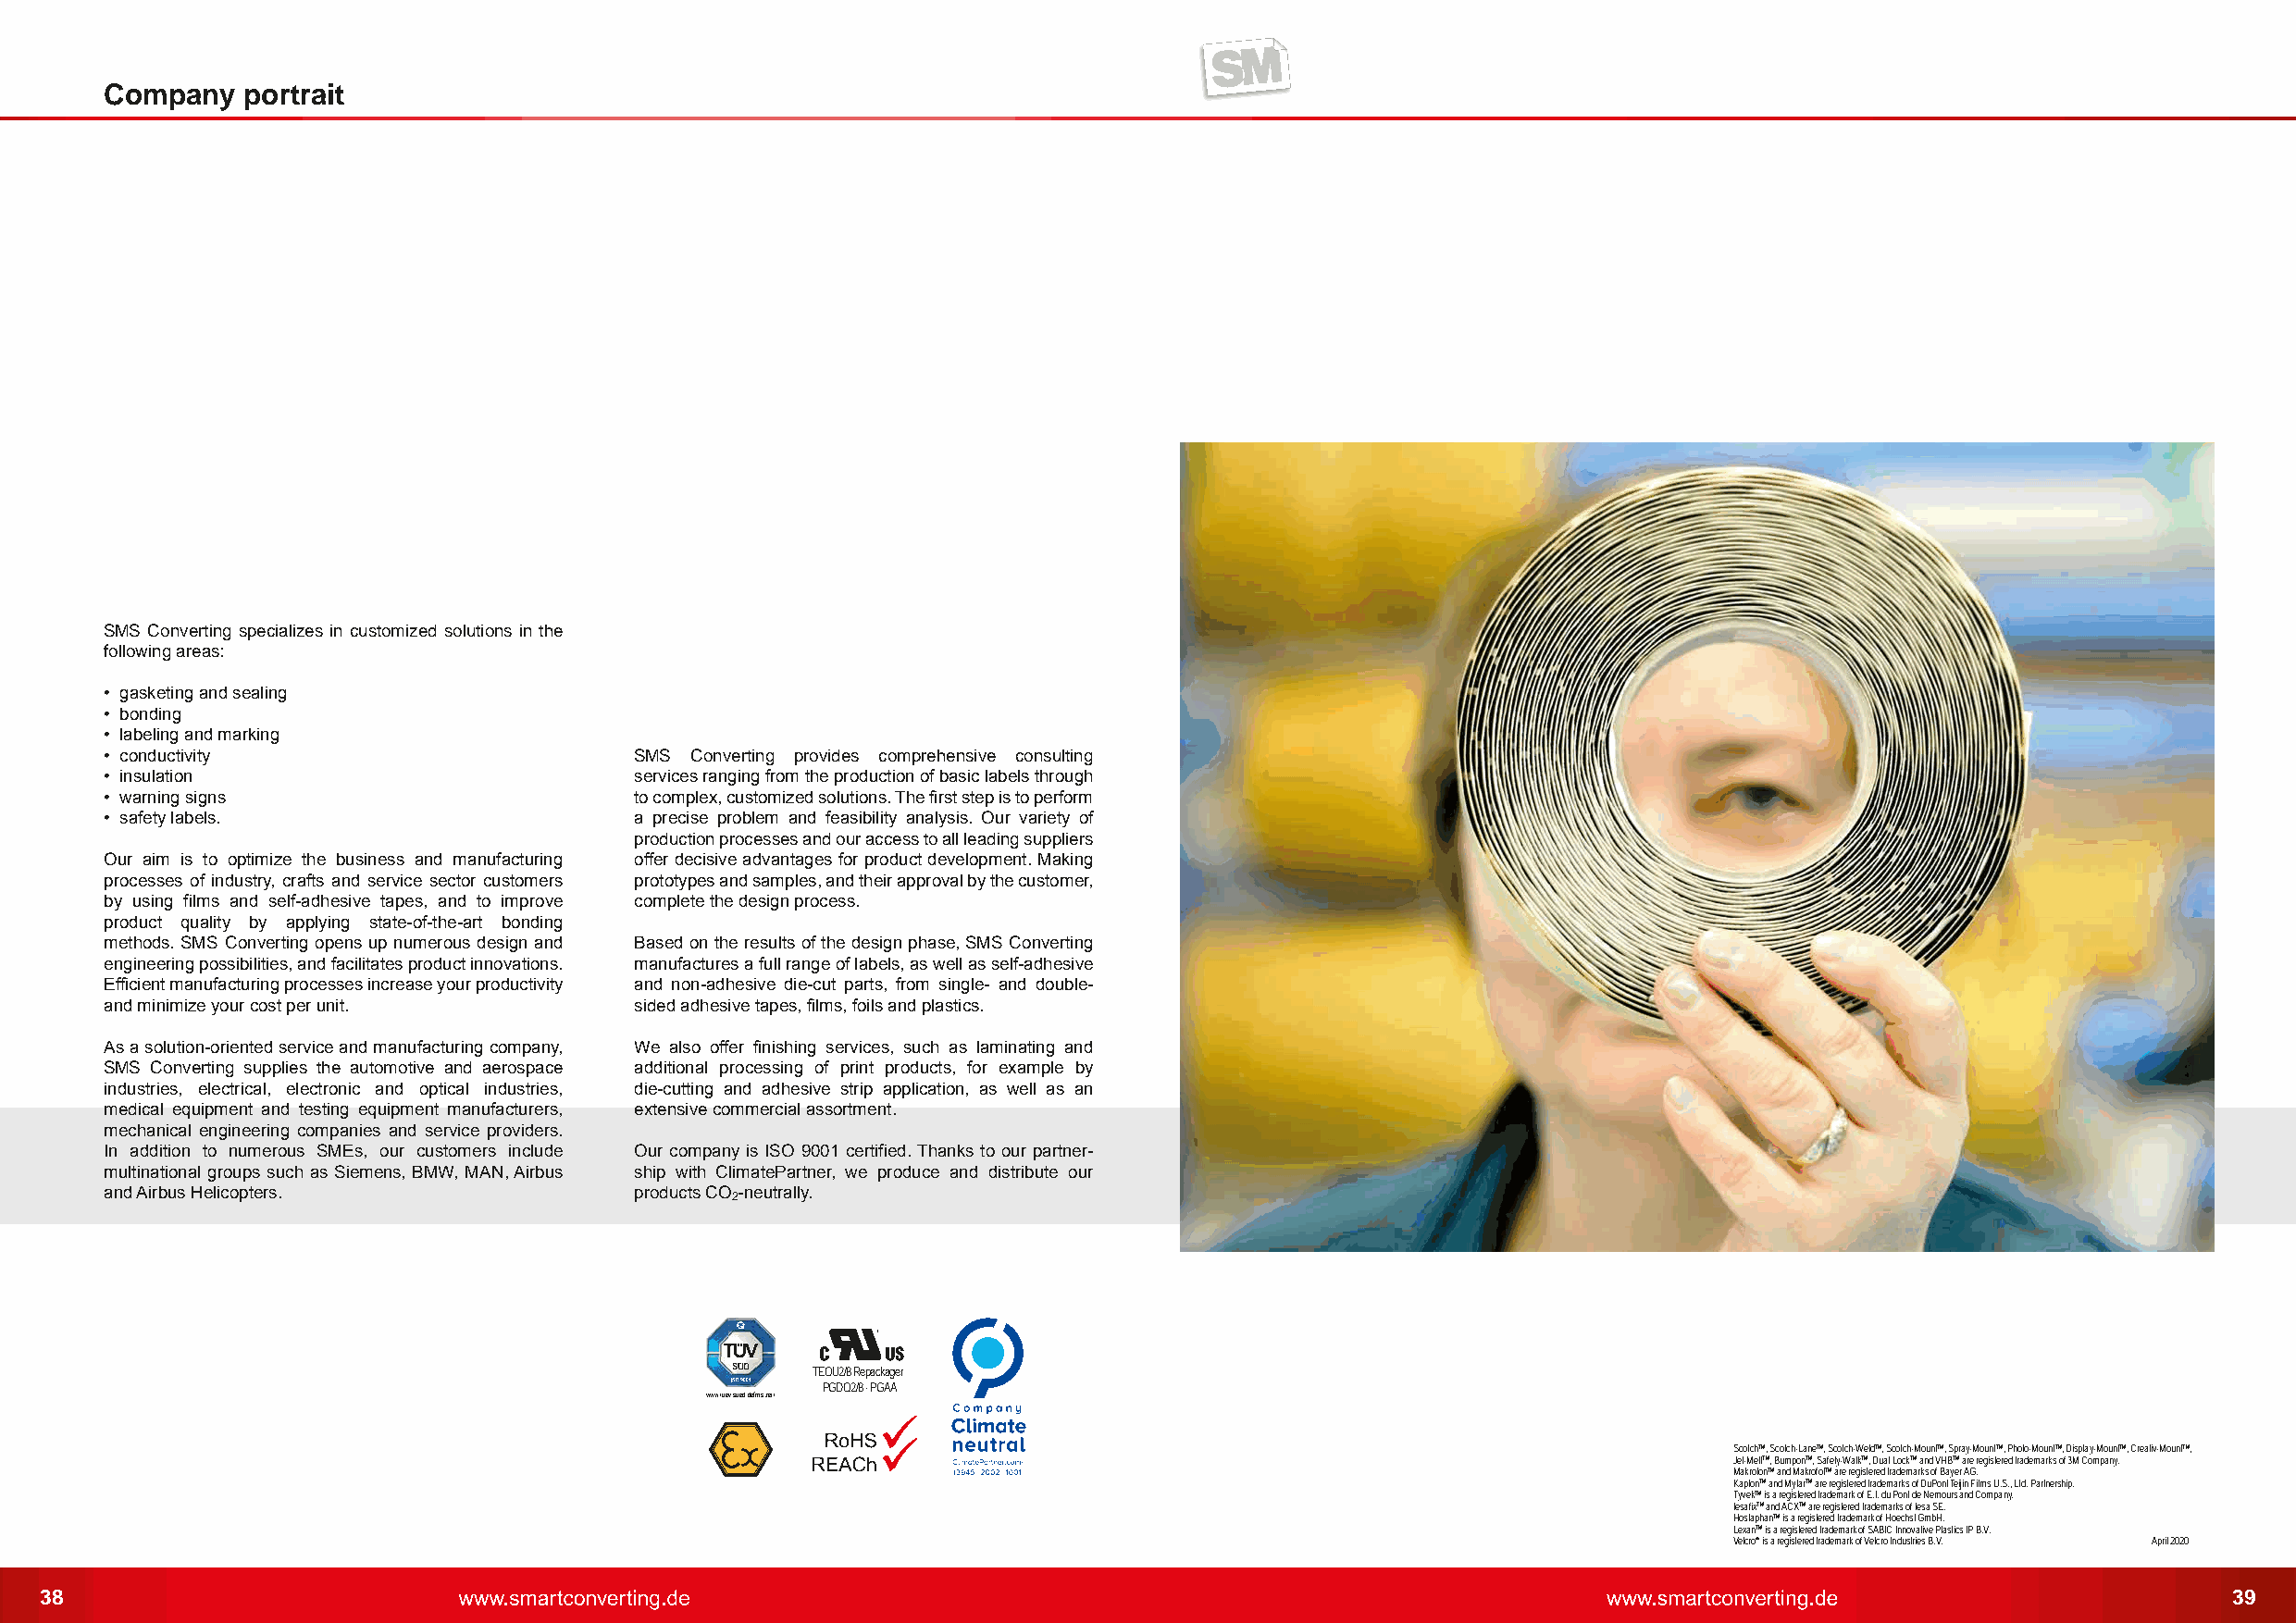
Company   portrait
 SMS Converting specializes in customized solutions in the
 following areas:
 • gasketing and sealing
 • bonding
 • labeling and marking
 • conductivity                        SMS Converting provides comprehensive consulting
 • insulation                          services ranging from the production of basic labels through
 • warning signs                       to complex, customized solutions. The first step is to perform
 • safety labels.                      a precise problem and feasibility analysis. Our variety of
 production processes and our access to all leading suppliers
 Our aim is to optimize the business and manufacturing offer decisive advantages for product development. Making
 processes of industry, crafts and service sector customers prototypes and samples, and their approval by the customer,
 by using films and self-adhesive tapes, and to improve complete the design process.
 product quality by applying state-of-the-art bonding
 methods. SMS Converting opens up numerous design and Based on the results of the design phase, SMS Converting
 engineering possibilities, and facilitates product innovations. manufactures a full range of labels, as well as self-adhesive
 Efficient manufacturing processes increase your productivity and non-adhesive die-cut parts, from single- and double-
 and minimize your cost per unit.      sided adhesive tapes, films, foils and plastics.
 As a solution-oriented service and manufacturing company, We also offer finishing services, such as laminating and
 SMS Converting supplies the automotive and aerospace additional processing of print products, for example by
 industries, electrical, electronic and optical industries, die-cutting and adhesive strip application, as well as an
 medical equipment and testing equipment manufacturers, extensive commercial assortment.
 mechanical engineering companies and service providers.
 In addition to numerous SMEs, our customers include Our company is ISO 9001 certified. Thanks to our partner-
 multinational groups such as Siemens, BMW, MAN, Airbus ship with ClimatePartner, we produce and distribute our
 and Airbus Helicopters.               products CO -neutrally.
 2
 TEOU2/8 Repackager
 PGDQ2/8 · PGAA
 www.tuev-sued.de/ms-zert
 ScotchTM, Scotch-LaneTM, Scotch-WeldTM, Scotch-MountTM, Spray-MountTM, Photo-MountTM, Display-MountTM, Creativ-MountTM,
 Jet-MeltTM, BumponTM, Safety-WalkTM, Dual LockTM and VHBTM are registered trademarks of 3M Company.
 MakrolonTM and MakrofolTM are registered trademarks of Bayer AG.
 KaptonTM and MylarTM are registered trademarks of DuPont Teijin Films U.S., Ltd. Partnership.
 TyvekTM is a registered trademark of E.I. du Pont de Nemours and Company.
 tesafixTM and ACXTM are registered trademarks of tesa SE.
 HostaphanTM is a registered trademark of Hoechst GmbH.
 LexanTM is a registered trademark of SABIC Innovative Plastics IP B.V.
 Velcro® is a registered trademark of Velcro Industries B.V. April 2020
 38                                                                                                                                                           39